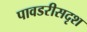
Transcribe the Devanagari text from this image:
पावडरीसदृश